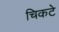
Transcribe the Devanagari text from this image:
चिकटे